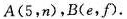
A(5，n)，B(e，f).